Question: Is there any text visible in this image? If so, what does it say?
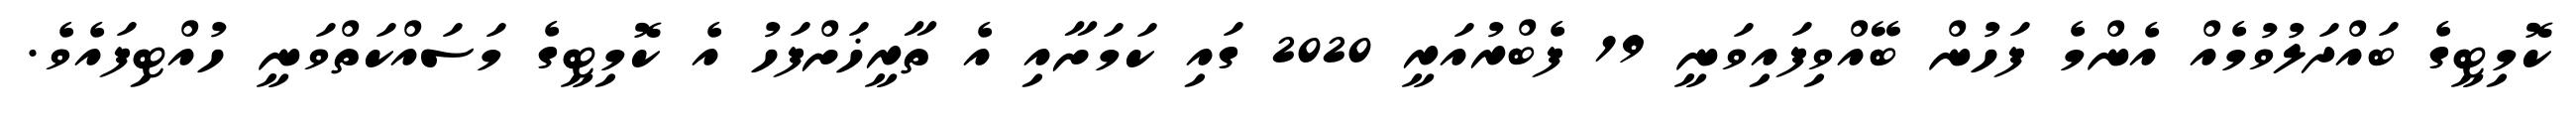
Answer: ކޮމިޓީގެ ބައްދަލުވުމެއް އެންމެ ފަހުން ބޭއްވިފައިވަނީ 19 ފެބްރުއަރީ 2020 ގައި ކަމަށާއި އެ ތާރީޚަށްފަހު އެ ކޮމިޓީގެ މަސައްކަތްވަނީ ހުއްޓިފައެވެ.